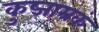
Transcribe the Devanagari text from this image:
कुब्जाम्रकं